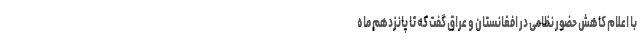
با اعلام کاهش حضور نظامی در افغانستان و عراق گفت که تا پانزدهم ماه